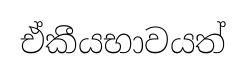
ඒකීයභාවයත්